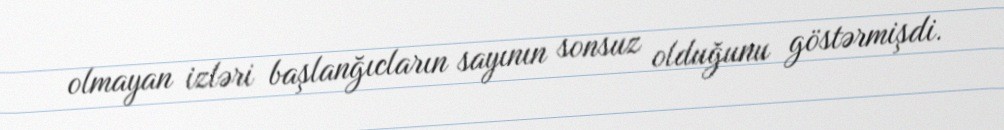
olmayan izləri başlanğıcların sayının sonsuz olduğunu göstərmişdi.